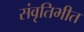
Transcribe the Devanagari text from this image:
संवृतिभीत